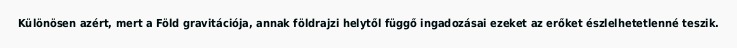
Különösen azért, mert a Föld gravitációja, annak földrajzi helytől függő ingadozásai ezeket az erőket észlelhetetlenné teszik.